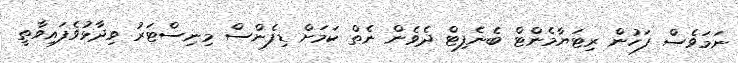
ނަމަވެސް ފަހުން ރިޓަޔާމެންޓް ބެނެފިޓް ދެވެން ނެތް ކަމަށް ޑިފެންސް މިނިސްޓަރު ވިދާޅުވެފައިވާތީ